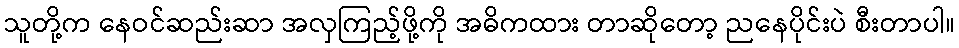
သူတို့က နေဝင်ဆည်းဆာ အလှကြည့်ဖို့ကို အဓိကထား တာဆိုတော့ ညနေပိုင်းပဲ စီးတာပါ။